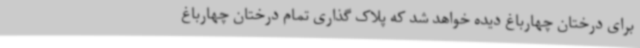
برای درختان چهارباغ دیده خواهد شد که پلاک گذاری تمام درختان چهارباغ